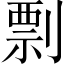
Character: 剽